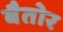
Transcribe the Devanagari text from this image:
बैतोर